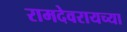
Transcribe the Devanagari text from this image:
रामदेवरायच्या